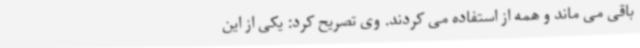
باقی می ماند و همه از استفاده می کردند. وی تصریح کرد: یکی از این